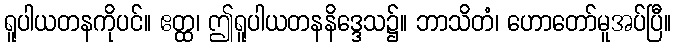
ရူပါယတနကိုပင်။ ဧတ္ထ၊ ဤရူပါယတနနိဒ္ဒေသ၌။ ဘာသိတံ၊ ဟောတော်မူအပ်ပြီ။